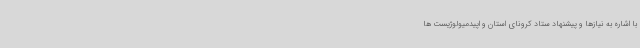
با اشاره به نیازها و پیشنهاد ستاد کرونای استان و اپیدمیولوژیست ها